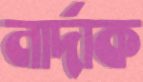
নার্দাক